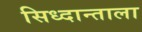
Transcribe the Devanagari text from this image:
सिध्दान्ताला